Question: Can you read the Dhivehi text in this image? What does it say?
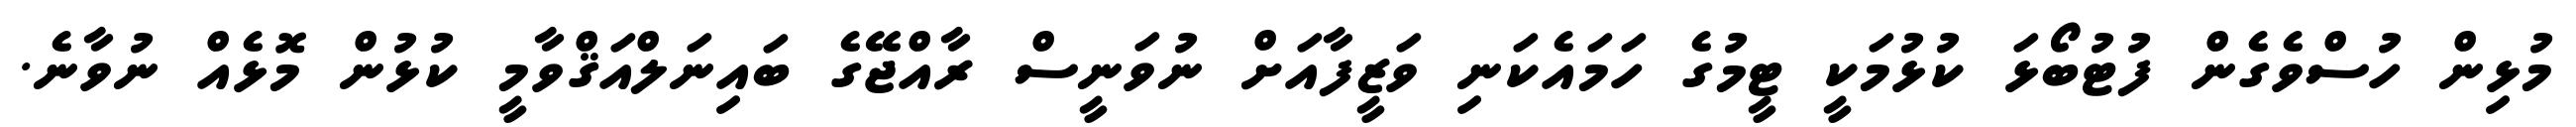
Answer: މުޅިން ހުސްވެގެން ފުޓުބޯޅަ ކުޅުމަކީ ޓީމުގެ ހަމައެކަނި ވަޒީފާއަށް ނުވަނީސް ރާއްޖޭގެ ބައިނަލްއަޤްވާމީ ކުޅުން މޮޅެއް ނުވާނެ.